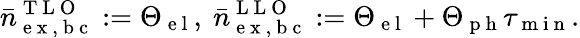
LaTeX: \bar{n}_{\mathrm{~e~x~,~b~c~}}^{\mathrm{~T~L~O~}}:=\Theta_{\mathrm{~e~l~}},~\bar{n}_{\mathrm{~e~x~,~b~c~}}^{\mathrm{~L~L~O~}}:=\Theta_{\mathrm{~e~l~}}+\Theta_{\mathrm{~p~h~}}\tau_{\mathrm{~m~i~n~}}.